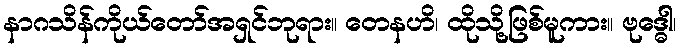
နာဂသိန်ကိုယ်တော်အရှင်ဘုရား။ တေနဟိ၊ ထိုသို့ဖြစ်မူကား။ ဗုဒ္ဓေါ၊